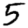
Digit: 5